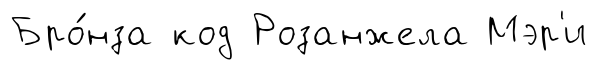
Бро́нза код Розанжела Мэр'и